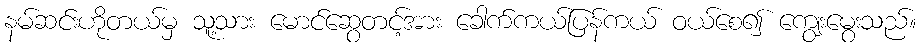
နမ်ဆင်းဟိုတယ်မှ သူ့သား မောင်ဆွေတင့်အား ခေါက်ကယ်ပြန်ကယ် ဝယ်စေ၍ ကျွေးမွေးသည်။